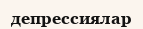
депрессиялар